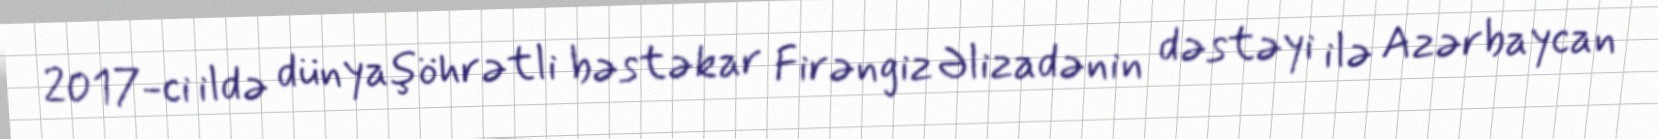
2017-ci ildə dünyaşöhrətli bəstəkar Firəngiz Əlizadənin dəstəyi ilə Azərbaycan